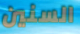
السنين